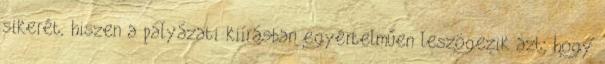
sikerét, hiszen a pályázati kiírásban egyértelműen leszögezik azt, hogy